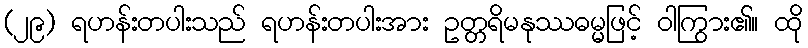
(၂၉) ရဟန်းတပါးသည် ရဟန်းတပါးအား ဥတ္တရိမနုဿဓမ္မဖြင့် ဝါကြွား၏။ ထို